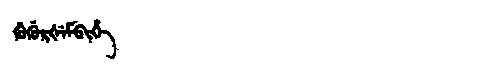
Manchu: ᡤᡠᡤᡠᡵᡧᡝᠮᠪᡳᡥᡝ
Romanization: GUGURŠEMBIHE